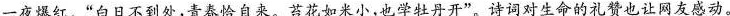
一夜爆红。”白日不到处，青春恰自来。苔花如米小，也学牡丹开”。诗词对生命的礼赞也让网友感动。